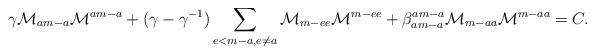
LaTeX: \begin{align*}\gamma\mathcal{M}_{am-a}\mathcal{M}^{am-a}+(\gamma-\gamma^{-1})\sum_{e<m-a,e\neq a}\mathcal{M}_{m-ee}\mathcal{M}^{m-ee}+\beta_{am-a}^{am-a}\mathcal{M}_{m-aa}\mathcal{M}^{m-aa}=C.\end{align*}